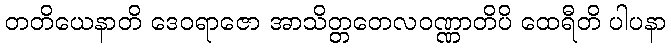
တတိယေနာတိ ဒေဝရာဇော အာသိတ္တတေလဝဏ္ဏာတိပိ ထေရီတိ ပါပနာ